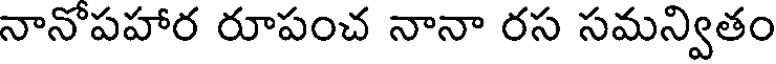
నానోపహార రూపంచ నానా రస సమన్వితం